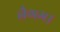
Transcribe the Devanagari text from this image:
नैगम।